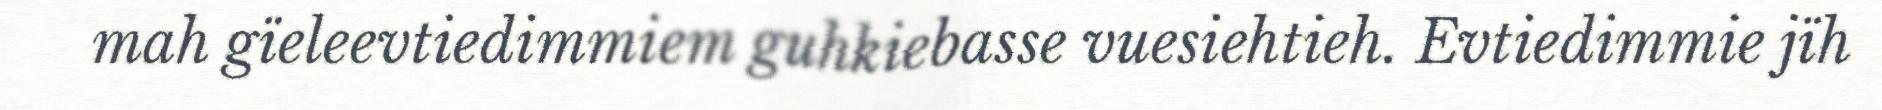
mah gïeleevtiedimmiem guhkiebasse vuesiehtieh. Evtiedimmie jïh